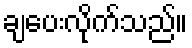
ချပေးလိုက်သည်။